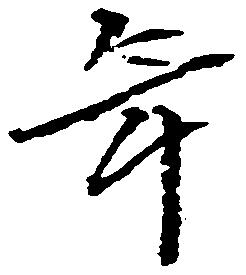
年